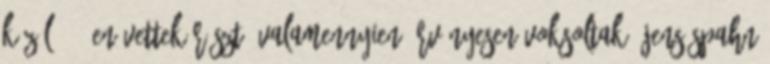
közül 999-en vettek részt, valamennyien érvényesen voksoltak. Jens Spahn